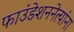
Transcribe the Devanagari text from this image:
फाउंडेशननेत्यांना